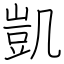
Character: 凱